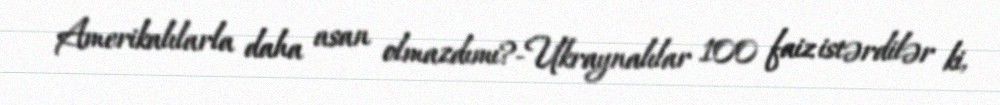
Amerikalılarla daha asan olmazdımı?-Ukraynalılar 100 faiz istərdilər ki,